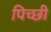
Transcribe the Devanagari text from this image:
पिच्छी